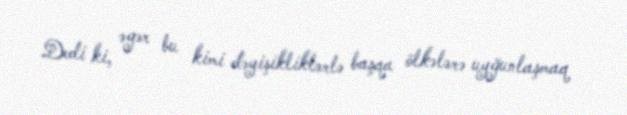
Dedi ki, əgər bu kimi dəyişikliklərlə başqa ölkələrə uyğunlaşmaq